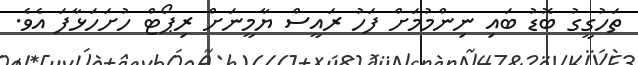
ތަހުގީގު ބޮޑު ބައި ނިންމުމަށް ފަހު ރައީސް ޔާމީނަށް ރިޕޯޓް ހުށަހަޅާފަ އެވެ.